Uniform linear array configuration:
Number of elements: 12
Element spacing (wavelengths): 1
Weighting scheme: cosine
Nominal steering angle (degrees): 45
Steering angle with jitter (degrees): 43.407
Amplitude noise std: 0.05
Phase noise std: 0.05

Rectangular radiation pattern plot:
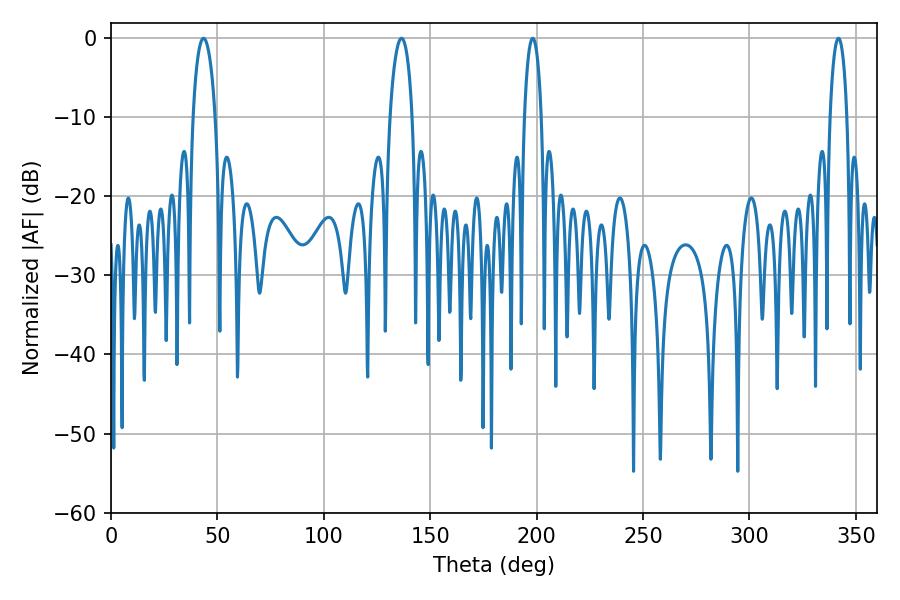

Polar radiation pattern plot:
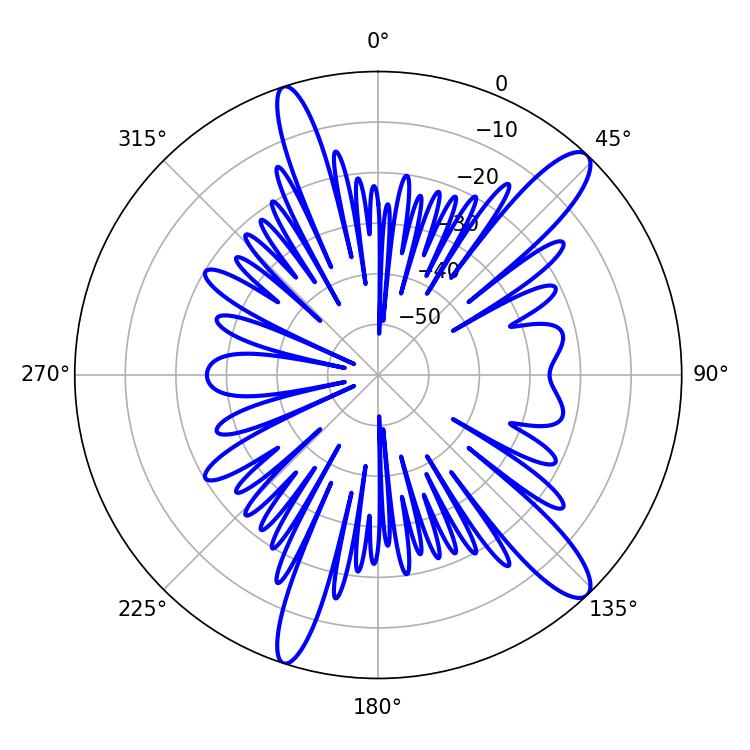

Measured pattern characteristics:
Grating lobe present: TRUE
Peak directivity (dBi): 12.872
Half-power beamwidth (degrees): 4.68
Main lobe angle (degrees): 198.18